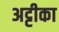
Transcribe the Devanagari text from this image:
अट्टीका